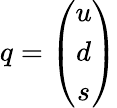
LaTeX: q=\left(\begin{array}{c}{{u}}\\ {{d}}\\ {{s}}\end{array}\right)